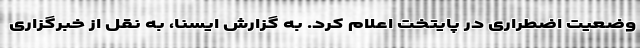
وضعیت اضطراری در پایتخت اعلام کرد. به گزارش ایسنا، به نقل از خبرگزاری